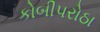
કોબીપરોઠા